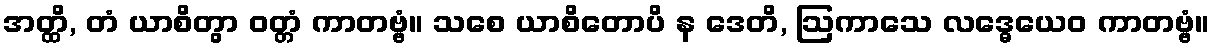
အတ္ထိ, တံ ယာစိတွာ ဝတ္တံ ကာတဗ္ဗံ။ သစေ ယာစိတောပိ န ဒေတိ, ဩကာသေ လဒ္ဓေယေဝ ကာတဗ္ဗံ။